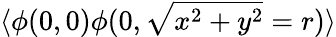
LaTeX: \langle\phi(0,0)\phi(0,\sqrt{x^{2}+y^{2}}=r)\rangle